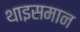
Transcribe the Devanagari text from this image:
थाइसमान